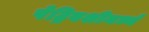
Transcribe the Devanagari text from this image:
पेट्रिबशीमध्ये